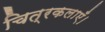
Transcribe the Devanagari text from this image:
चित्रकलाएँ।